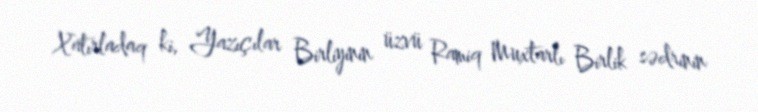
Xatırladaq ki, Yazıçılar Birliyinin üzvü Ramiq Muxtarlı Birlik sədrinin